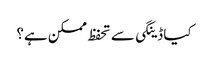
کیا ڈینگی سے تحفظ ممکن ہے؟